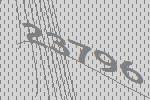
23796